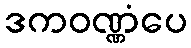
ဒကဝဏ္ဏံပေ